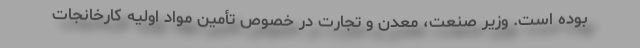
بوده است. وزیر صنعت، معدن و تجارت در خصوص تأمین مواد اولیه کارخانجات